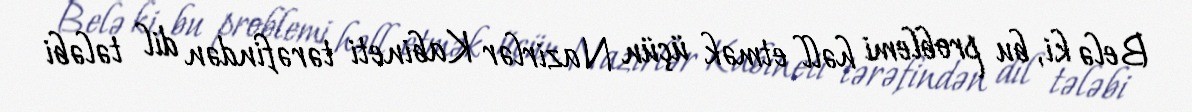
Belə ki, bu problemi həll etmək üçün Nazirlər Kabineti tərəfindən dil tələbi